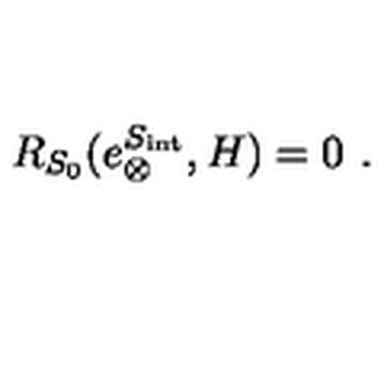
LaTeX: R _ { S _ { 0 } } ( e _ { \otimes } ^ { S _ { \mathrm { i n t } } } , H ) = 0 \ .